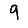
Digit: 9